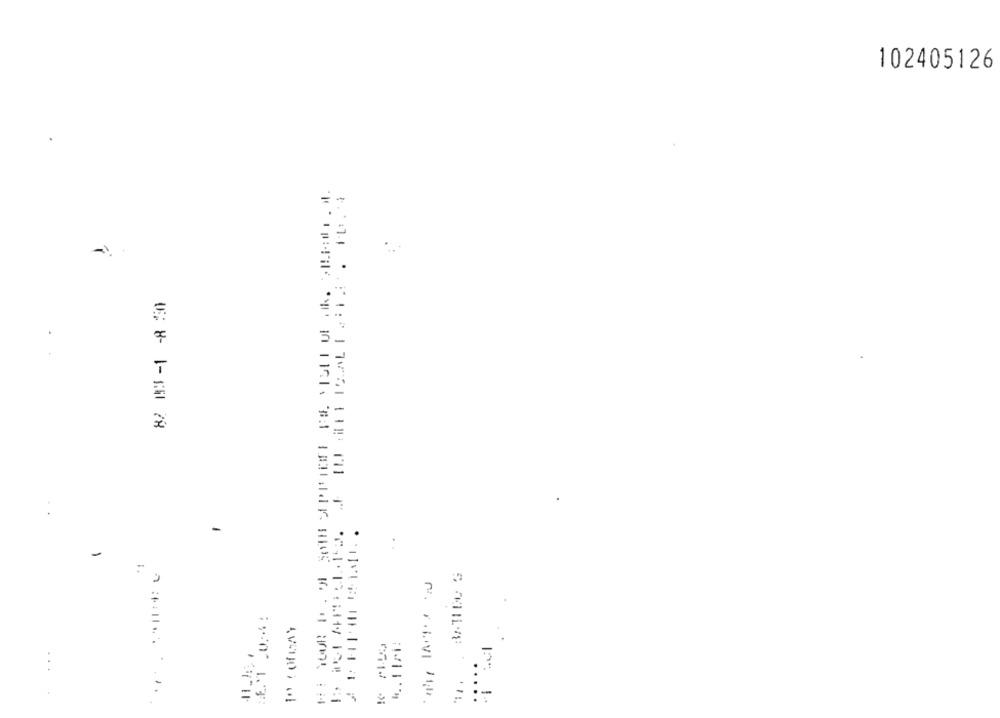
102405126
-
-
ـن
?
...
-
.11.